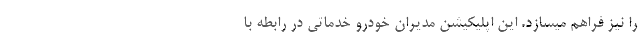
را نیز فراهم میسازد. این اپلیکیشن مدیران خودرو خدماتی در رابطه با